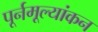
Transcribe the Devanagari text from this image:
पूर्नमूल्यांकन